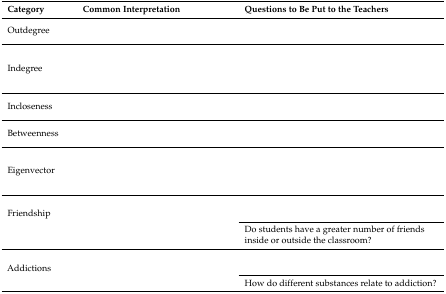
<table><thead><tr><td><b>Category</b></td><td><b>Common Interpretation</b></td><td><b>Questions to Be Put to the Teachers</b></td></tr></thead><tbody><tr><td>Outdegree</td><td>[EMPTY_CELL]</td><td>[EMPTY_CELL]</td></tr><tr><td>Indegree</td><td>[EMPTY_CELL]</td><td>[EMPTY_CELL]</td></tr><tr><td>Incloseness</td><td>[EMPTY_CELL]</td><td>[EMPTY_CELL]</td></tr><tr><td>Betweenness</td><td>[EMPTY_CELL]</td><td>[EMPTY_CELL]</td></tr><tr><td>Eigenvector</td><td>[EMPTY_CELL]</td><td>[EMPTY_CELL]</td></tr><tr><td rowspan="2">Friendship</td><td rowspan="2">[EMPTY_CELL]</td><td>[EMPTY_CELL]</td></tr><tr><td>Do students have a greater number of friends inside or outside the classroom?</td></tr><tr><td rowspan="2">Addictions</td><td rowspan="2">[EMPTY_CELL]</td><td>[EMPTY_CELL]</td></tr><tr><td>How do different substances relate to addiction?</td></tr></tbody></table>